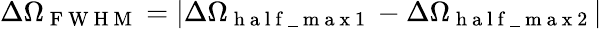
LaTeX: \Delta\Omega_{\mathrm{~F~W~H~M~}}=|\Delta\Omega_{\mathrm{~h~a~l~f~\_ ~m~a~x~1~}}-\Delta\Omega_{\mathrm{~h~a~l~f~\_ ~m~a~x~2~}}|